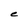
Character: C